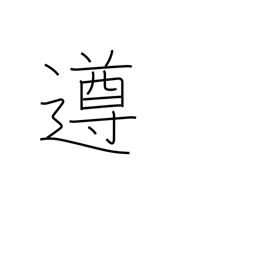
Meaning: abide by